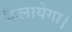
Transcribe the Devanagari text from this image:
फैलायेगा।